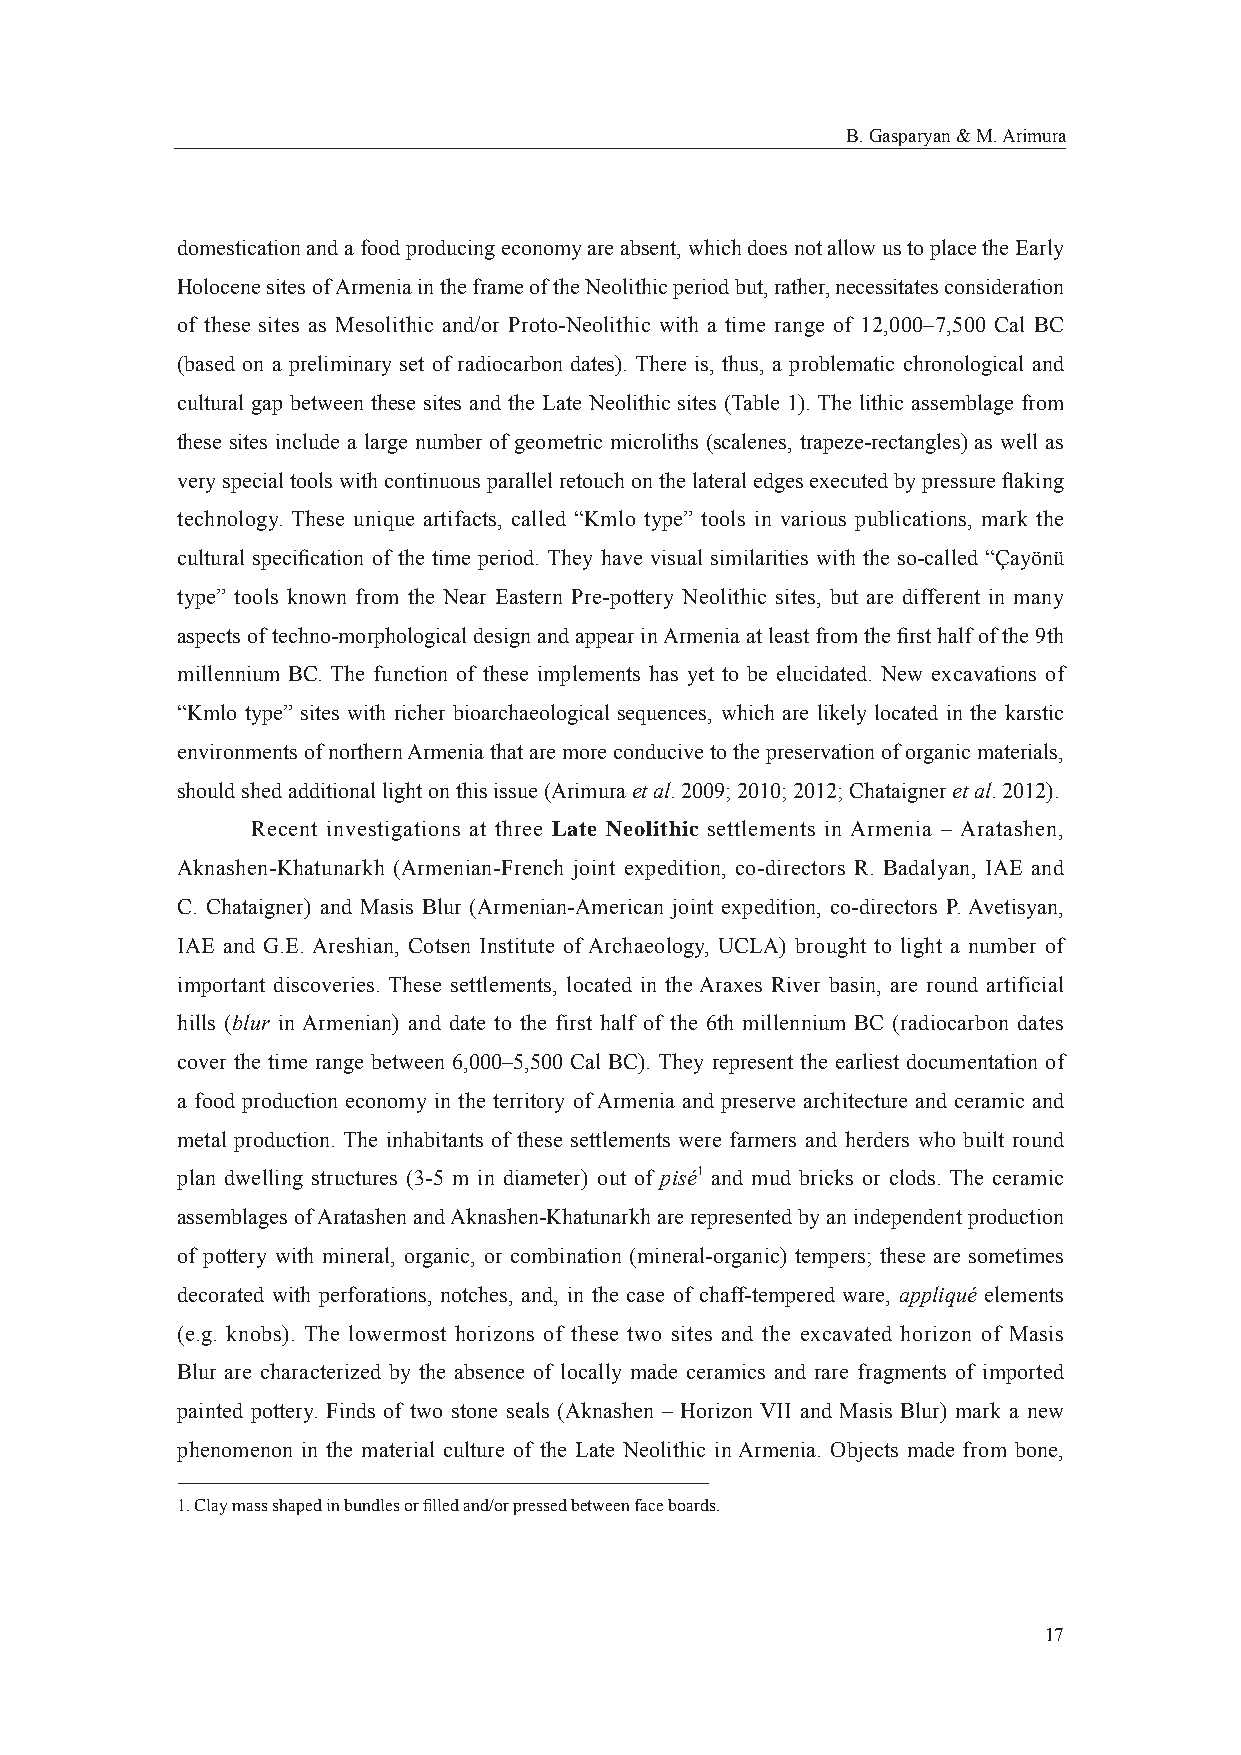
B. Gasparyan & M. Arimura
 domestication and a food producing economy are absent, which does not allow us to place the Early
 Holocene sites of Armenia in the frame of the Neolithic period but, rather, necessitates consideration
 of these sites as Mesolithic and/or Proto-Neolithic with a time range of 12,000–7,500 Cal BC
 (based on a preliminary set of radiocarbon dates). There is, thus, a problematic chronological and
 cultural gap between these sites and the Late Neolithic sites (Table 1). The lithic assemblage from
 these sites include a large number of geometric microliths (scalenes, trapeze-rectangles) as well as
 very special tools with continuous parallel retouch on the lateral edges executed by pressure fl aking
 technology. These unique artifacts, called “Kmlo type” tools in various publications, mark the
 cultural specifi cation of the time period. They have visual similarities with the so-called “Çayönü
 type” tools known from the Near Eastern Pre-pottery Neolithic sites, but are different in many
 aspects of techno-morphological design and appear in Armenia at least from the fi rst half of the 9th
 millennium BC. The function of these implements has yet to be elucidated. New excavations of
 “Kmlo type” sites with richer bioarchaeological sequences, which are likely located in the karstic
 environments of northern Armenia that are more conducive to the preservation of organic materials,
 should shed additional light on this issue (Arimura et al. 2009; 2010; 2012; Chataigner et al. 2012).
 Recent investigations at three Late Neolithic settlements in Armenia – Aratashen,
 Aknashen-Khatunarkh (Armenian-French joint expedition, co-directors R. Badalyan, IAE and
 C. Chataigner) and Masis Blur (Armenian-American joint expedition, co-directors P. Avetisyan,
 IAE and G.E. Areshian, Cotsen Institute of Archaeology, UCLA) brought to light a number of
 important discoveries. These settlements, located in the Araxes River basin, are round artificial
 hills (blur in Armenian) and date to the first half of the 6th millennium BC (radiocarbon dates
 cover the time range between 6,000–5,500 Cal BC). They represent the earliest documentation of
 a food production economy in the territory of Armenia and preserve architecture and ceramic and
 metal production. The inhabitants of these settlements were farmers and herders who built round
 plan dwelling structures (3-5 m in diameter) out of pisé1 and mud bricks or clods. The ceramic
 assemblages of Aratashen and Aknashen-Khatunarkh are represented by an independent production
 of pottery with mineral, organic, or combination (mineral-organic) tempers; these are sometimes
 decorated with perforations, notches, and, in the case of chaff-tempered ware, appliqué elements
 (e.g. knobs). The lowermost horizons of these two sites and the excavated horizon of Masis
 Blur are characterized by the absence of locally made ceramics and rare fragments of imported
 painted pottery. Finds of two stone seals (Aknashen – Horizon VII and Masis Blur) mark a new
 phenomenon in the material culture of the Late Neolithic in Armenia. Objects made from bone,
 1. Clay mass shaped in bundles or fi lled and/or pressed between face boards.
 17